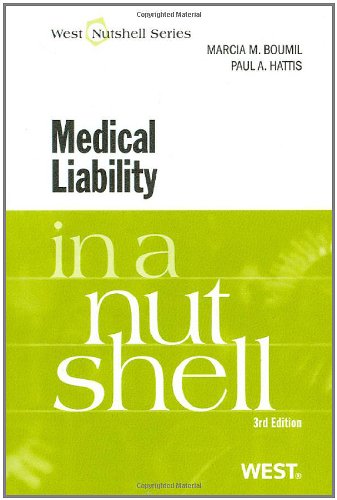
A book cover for Medical Liability in a Nutshell; Marcia Boumil; Law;